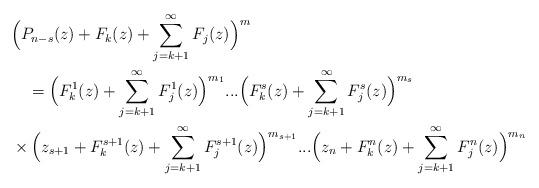
LaTeX: \begin{align*}&\Big(P_{n-s} (z)+ F_k(z) +\sum_{j=k+1}^\infty F_j(z)\Big)^m\\&\ \ \ =\Big(F_k^1(z) +\sum_{j=k+1}^\infty F_j^1(z)\Big)^{m_1}...\Big(F_k^s(z) +\sum_{j=k+1}^\infty F_j^s(z)\Big)^{m_s}\\ &\times \Big(z_{s+1}+F_k^{s+1}(z) +\sum_{j=k+1}^\infty F_j^{s+1}(z)\Big)^{m_{s+1}}...\Big(z_n+F_k^n(z) +\sum_{j=k+1}^\infty F_j^n(z)\Big)^{m_n}\end{align*}